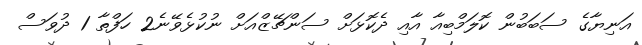
އަނިޔާގެ ސަބަބުން ކޮލަމްބިއާ އާއި ދެކޮޅަށް ސަންޗޭޒްއަށް ނުކުޅެވޭނެ2 ހަފްތާ 1 ދުވަސް